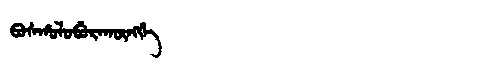
Manchu: ᠪᠣᠰᡥᠣᠯᠣᠪᡠᡵᠠᡴᡡᠩᡤᡝ
Romanization: BOSHOLOBURAKŪNGGE